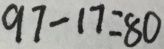
9 7 - 1 7 = 8 0